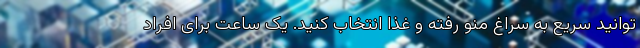
‌توانید سریع به سراغ منو رفته و غذا انتخاب کنید. یک ساعت برای افراد